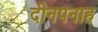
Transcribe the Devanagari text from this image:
दीनपनाह